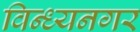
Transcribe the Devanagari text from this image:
विन्ध्यनगर